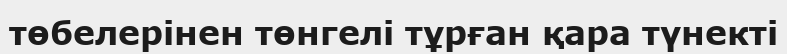
төбелерінен төнгелі тұрған қара түнекті